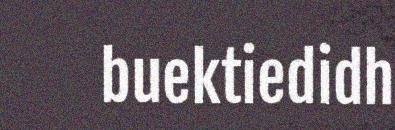
buektiedidh